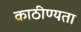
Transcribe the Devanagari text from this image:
काठीण्‍यता